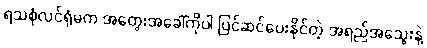
ရသစုံလင်ရုံမက အတွေးအခေါ်ကိုပါ ပြင်ဆင်ပေးနိုင်တဲ့ အရည်အသွေးနဲ့